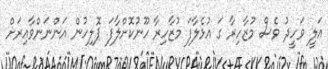
އަލީ ވަހީދު ވެސް މުޒާހިރާ ގަ އުޅެލާފަ މުޒާހިރާ ހޫނުކޮށްލާފަ ޕޮލިހުން އަންނަންވާއިރަށް